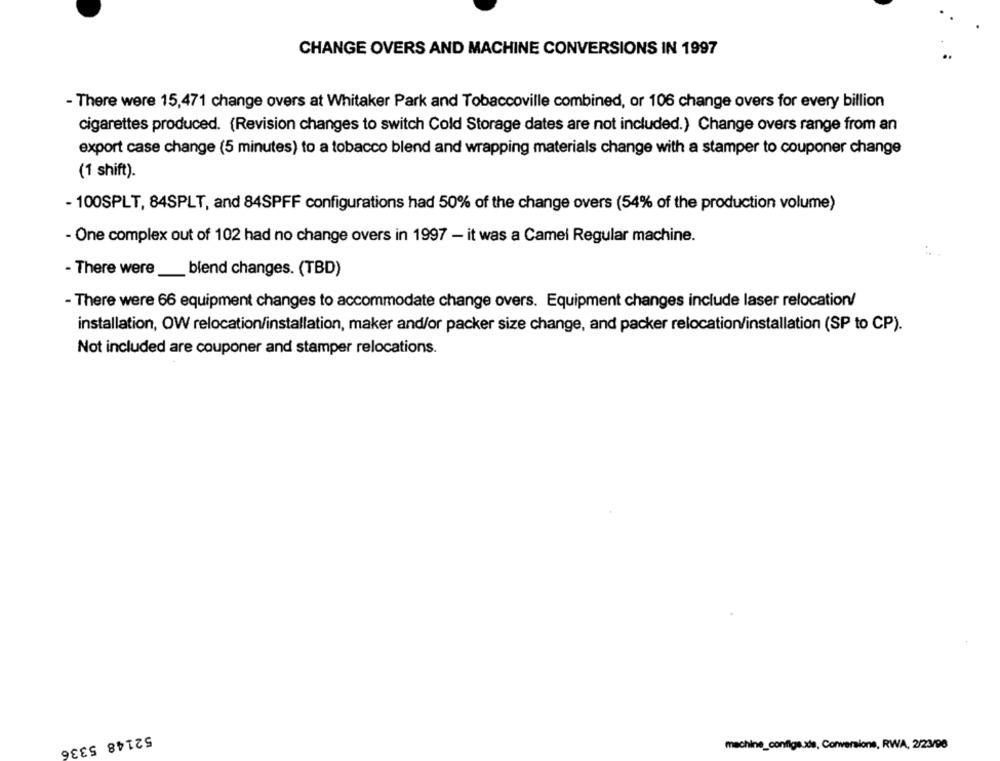
CHANGE OVERS AND MACHINE CONVERSIONS IN 1997
- There were 15,471 change overs at Whitaker Park and Tobaccoville combined, or 106 change overs for every billion
cigarettes produced. (Revision changes to switch Cold Storage dates are not included.) Change overs range from an
export case change (5 minutes) to a tobacco blend and wrapping materials change with a stamper to couponer change
(1 shift).
- 100SPLT, 84SPLT, and 84SPFF configurations had 50% of the change overs (54% of the production volume)
- One complex out of 102 had no change overs in 1997 - it was a Camel Regular machine.
- There were_
blend changes. (TBD)
- There were 66 equipment changes to accommodate change overs. Equipment changes include laser relocation/
installation, OW relocation/installation, maker and/or packer size change, and packer relocation/installation (SP to CP).
Not included are couponer and stamper relocations.
52148 5336
machine_configs.xls, Conversions, RWA, 2/23/98